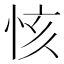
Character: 㤥